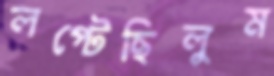
লপ্‌টেছিলুম